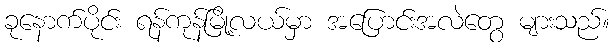
ခုနောက်ပိုင်း ရန်ကုန်မြို့လယ်မှာ အပြောင်းအလဲတွေ များသည်။